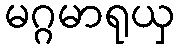
မဂ္ဂမာရုယှ